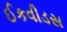
ઈકવીડસ